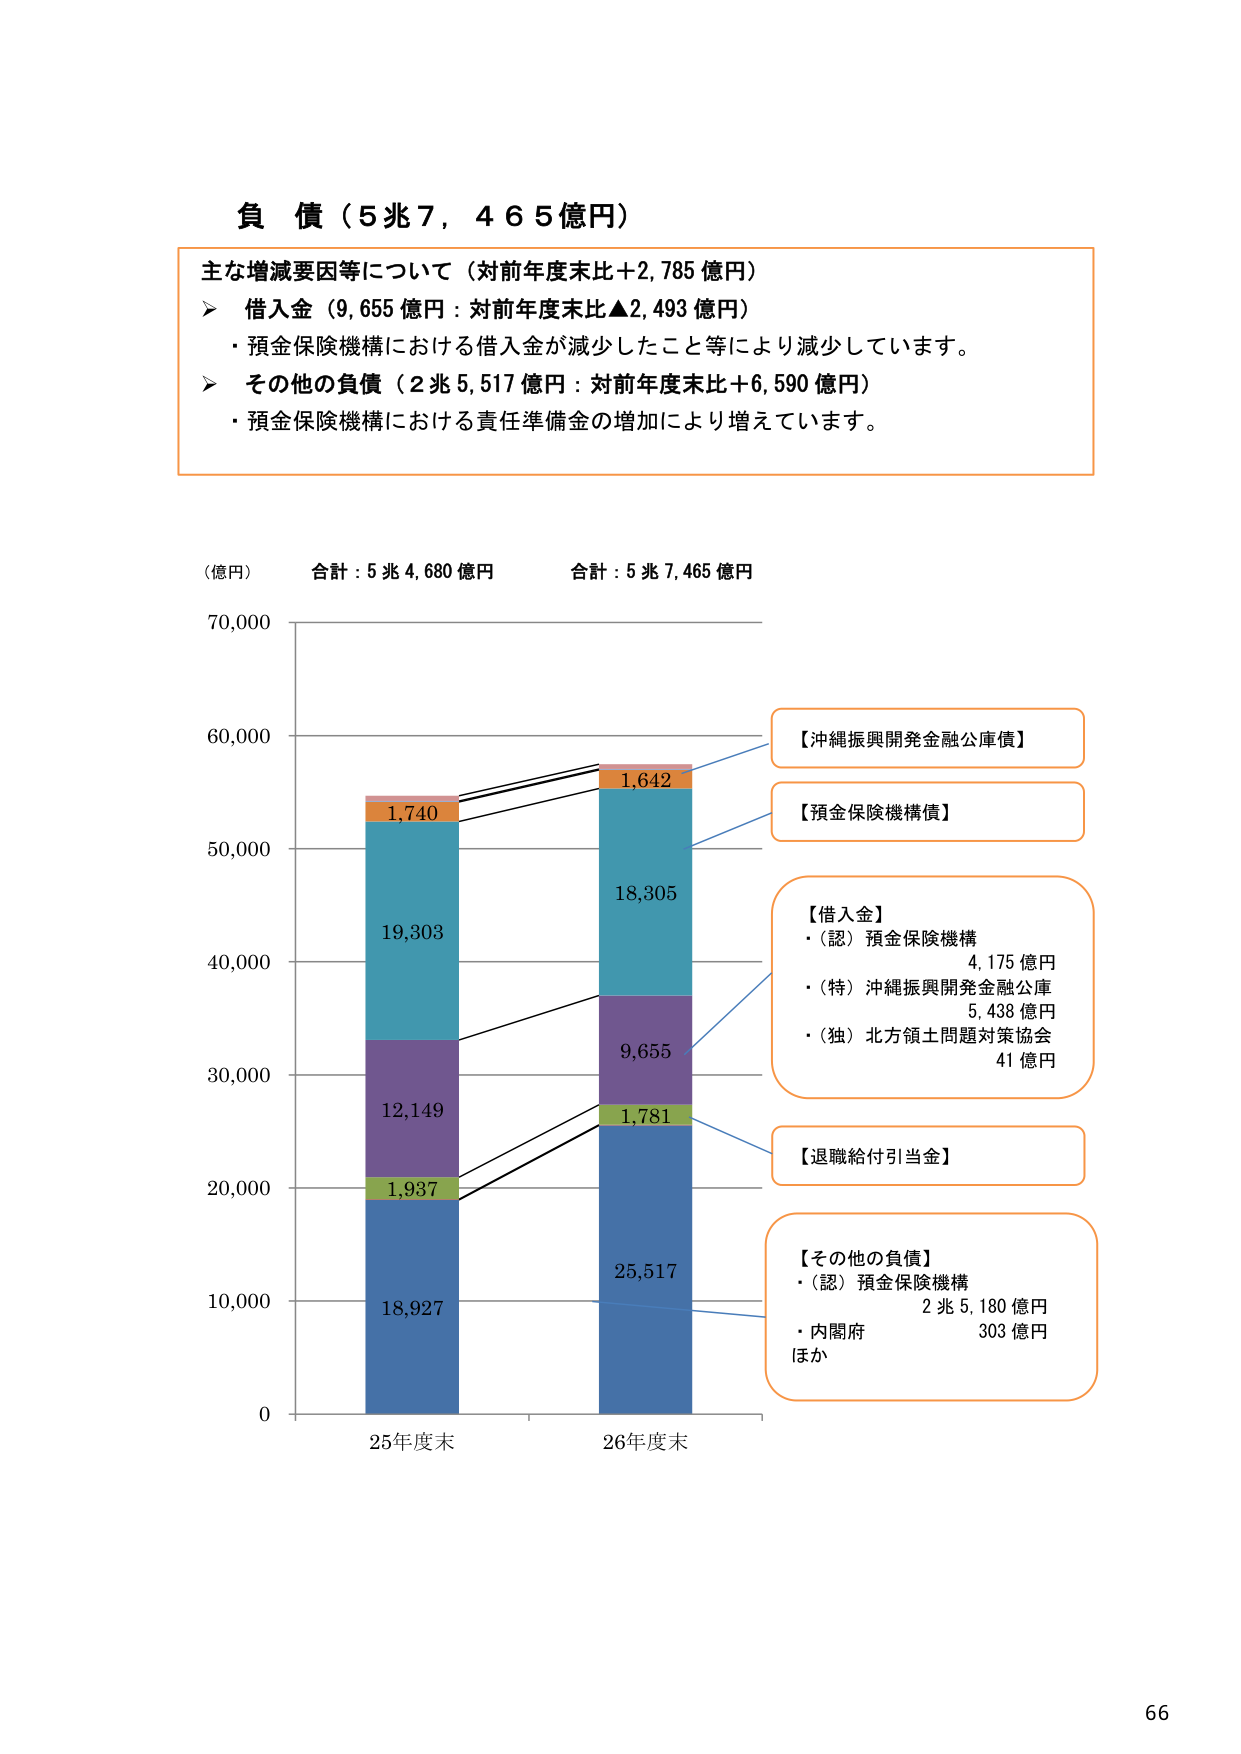
負債（5兆7,465億円）

主な増減要因等について（対前年度末比＋2,785億円）
➤ 借入金（9,655億円：対前年度末比▲2,493億円）
・預金保険機構における借入金が減少したこと等により減少しています。
➤ その他の負債（2兆5,517億円：対前年度末比＋6,590億円）
・預金保険機構における責任準備金の増加により増えています。

（億円） 合計：5兆4,680億円 合計：5兆7,465億円

70,000

60,000
【沖縄振興開発金融公庫債】

50,000
【預金保険機構債】

1,642
18,305

40,000
【借入金】
・（認）預金保険機構 4,175億円
・（特）沖縄振興開発金融公庫 5,438億円
・（独）北方領土問題対策協会 41億円

30,000
1,740
19,303
9,655

20,000
1,781
【退職給付引当金】

12,149
1,937

10,000
【その他の負債】
・（認）預金保険機構 2兆5,180億円
・内閣府 303億円
ほか

0
25年度末 26年度末

66